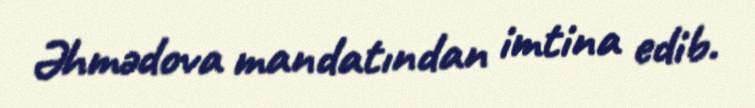
Əhmədova mandatından imtina edib.